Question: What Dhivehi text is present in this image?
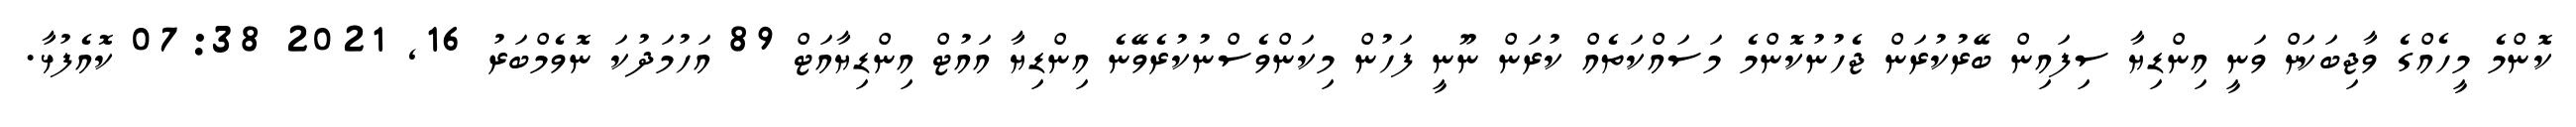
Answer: ކޮންމެ މީހެއްގެ ވާޖިބަކަށް ވަނީ އިންޑިޔާ ސިފައިން ބޭރުކުރަން ޖެހުނުކޮންމެ މަސައްކަތެއް ކުރަން ނޫނީ ފަހުން މިކަންވެސްނުކުރެވޭނެ އިންޑިޔާ އައުޓް އިންޑިޔާއަޓް 89 އަހުމަދުކަ ނޮވެމްބަރު 16, 2021 07:38 ކޮއެފުޅާ.